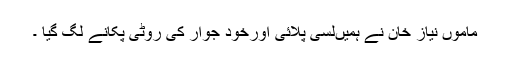
ماموں نیاز خان نے ہمیںلسی پلائی اورخود جوار کی روٹی پکانے لگ گیا ۔